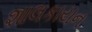
શાલકાયન